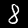
Digit: 8